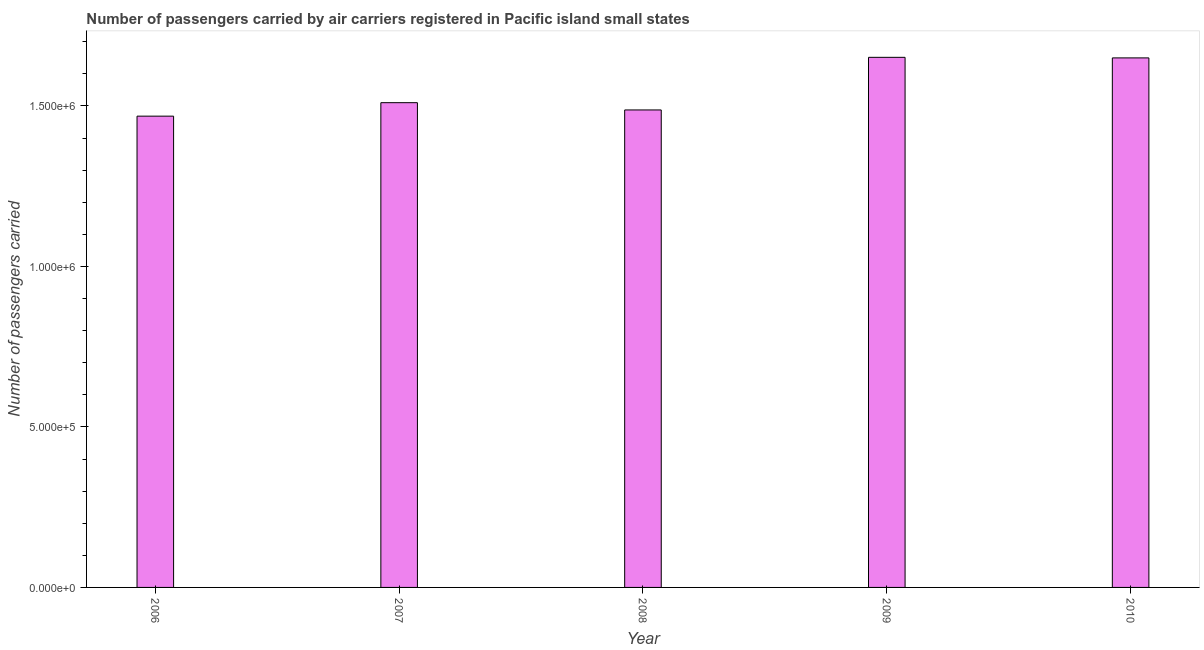
| Year | Air transport |
 | --- | --- |
 | 2006 | 1.47e+06 |
 | 2007 | 1.51e+06 |
 | 2008 | 1.49e+06 |
 | 2009 | 1.65e+06 |
 | 2010 | 1.65e+06 |